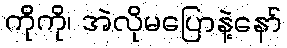
ကိုကို၊ အဲလိုမပြောနဲ့နော်